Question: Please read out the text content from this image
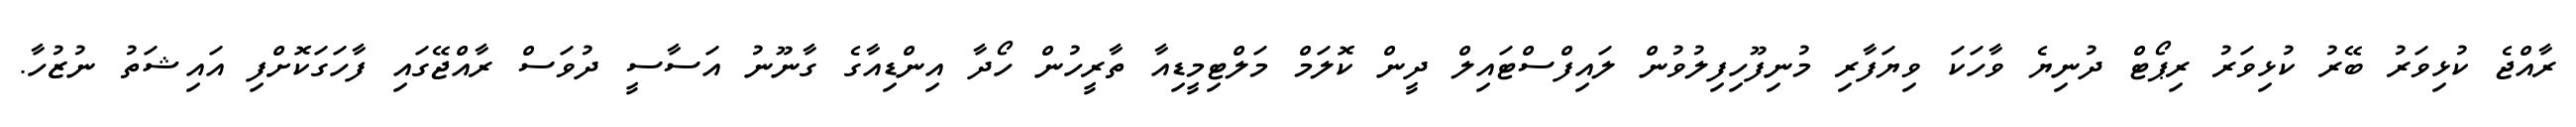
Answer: ރާއްޖެ ކުޅިވަރު ބޭރު ކުޅިވަރު ރިޕޯޓް ދުނިޔެ ވާހަކަ ވިޔަފާރި މުނިފޫހިފިލުވުން ލައިފްސްޓައިލް ދީން ކޮލަމް މަލްޓިމީޑިއާ ތާރީހުން ހޯދާ އިންޑިއާގެ ގާނޫނު އަސާސީ ދުވަސް ރާއްޖޭގައި ފާހަގަކޮށްފި އައިޝަތު ނުޒުހާ.